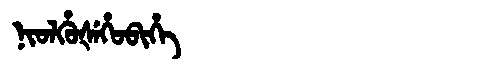
Manchu: ᠨᡳᠣᠯᡥᡠᡧᡝᡥᠣᠪᡳᡥᡝ
Romanization: NIOLHUŠEHOBIHE